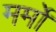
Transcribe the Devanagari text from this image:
मर्मों